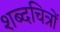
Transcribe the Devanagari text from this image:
शब्दचित्रों